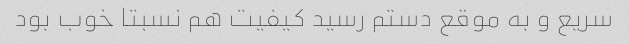
سریع و به موقع دستم رسید کیفیت هم نسبتا خوب بود